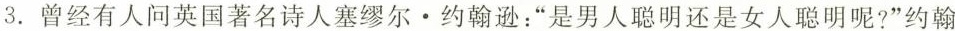
3.曾经有人问英国著名诗人塞缪尔·约翰逊：”是男人聪明还是女人聪明呢?”约翰